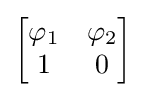
{\begin{bmatrix}\varphi _{1}&\varphi _{2}\\1&0\end{bmatrix}}